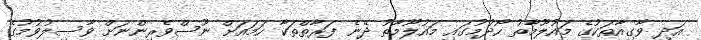
އަދި ވާގިއާތަކުގެ މައުލޫމާތު ހޯދުމުގައި މައުލޫމާތު ދޭނެ ފަރާތްތަކާ ހަމައަށް ނޫސްވެރިންނަށް ވާސިލުވުމުގެ